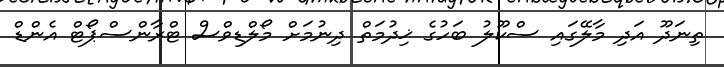
ތިނަދޫ އަދި މާލޭގައި ސްކޫލު ބަހުގެ ޚިދުމަތް ދިނުމަށް މޯލްޑިވްސް ޓްރާންސްޕޯޓް އެންޑް